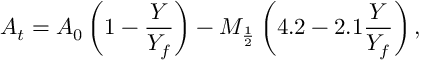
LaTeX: A _ { t } = A _ { 0 } \left( 1 - \frac { Y } { Y _ { f } } \right) - M _ { \frac { 1 } { 2 } } \left( 4 . 2 - 2 . 1 \frac { Y } { Y _ { f } } \right) ,